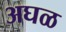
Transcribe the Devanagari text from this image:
अघळ